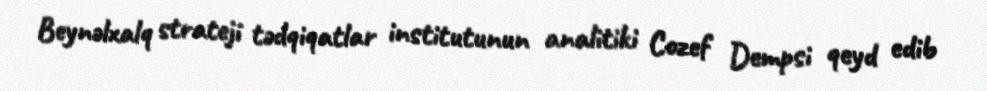
Beynəlxalq strateji tədqiqatlar institutunun analitiki Cozef Dempsi qeyd edib